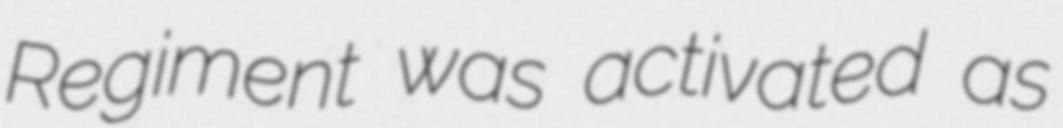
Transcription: Regiment was activated as